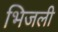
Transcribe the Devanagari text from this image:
भिजली